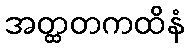
အတ္ထတကထိနံ